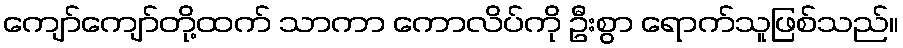
ကျော်ကျော်တို့ထက် သာကာ ကောလိပ်ကို ဦးစွာ ရောက်သူဖြစ်သည်။